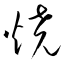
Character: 焼